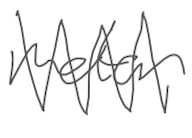
Text: motor
Cross-out: zig-zag
Writing tool: digital_gray